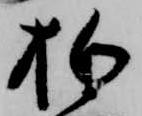
狛